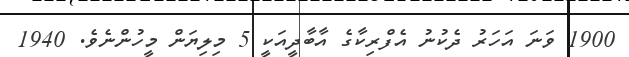
1900 ވަނަ އަހަރު ދެކުނު އެފްރިކާގެ އާބާދީއަކީ 5 މިލިޔަން މީހުންނެވެ. 1940